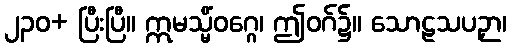
၂၃၀+ ပြီးပြီ။ ဣမသ္မိံဝဂ္ဂေ၊ ဤဝဂ်၌။ သောဠသပဉှာ၊